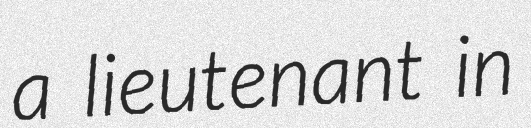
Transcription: a lieutenant in